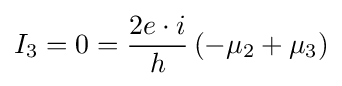
I_{3}=0={\frac {2e\cdot i}{h}}\left(-\mu _{2}+\mu _{3}\right)